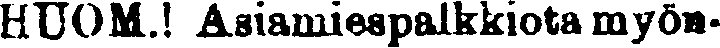
HUOM.! Asiamiespalkkiota myön-